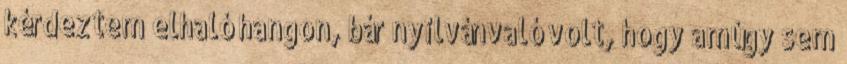
kérdeztem elhaló hangon, bár nyilvánvaló volt, hogy amúgy sem